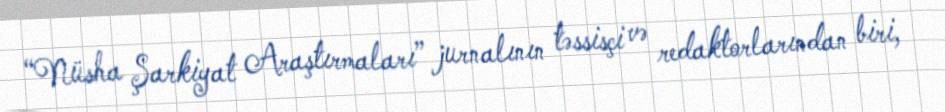
“Nüsha Şarkiyat Araştırmaları” jurnalının təssisçi və redaktorlarından biri,